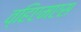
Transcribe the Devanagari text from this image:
व्हिएमएस